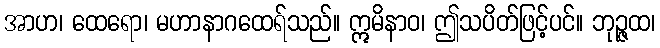
အာဟ၊ ထေရော၊ မဟာနာဂထေရ်သည်။ ဣမိနာဝ၊ ဤသပိတ်ဖြင့်ပင်။ ဘုဉ္ဇထ၊